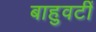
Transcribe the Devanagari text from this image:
बाहुवटीं